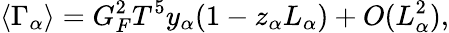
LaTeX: \langle\Gamma_{\alpha}\rangle=G_{F}^{2}T^{5}y_{\alpha}(1-z_{\alpha}L_{\alpha})+O(L_{\alpha}^{2}),